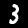
Label: 3